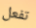
تفعل